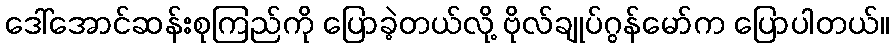
ဒေါ်အောင်ဆန်းစုကြည်ကို ပြောခဲ့တယ်လို့ ဗိုလ်ချုပ်ဂွန်မော်က ပြောပါတယ်။